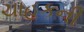
ચાહકની